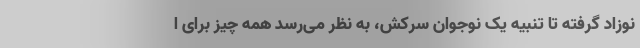
نوزاد گرفته تا تنبیه یک نوجوان سرکش، به نظر می‌رسد همه چیز برای ا